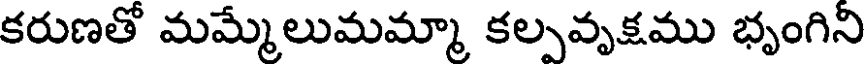
కరుణతో మమ్మేలుమమ్మా కల్పవృక్షము భృంగిని